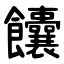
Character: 饢